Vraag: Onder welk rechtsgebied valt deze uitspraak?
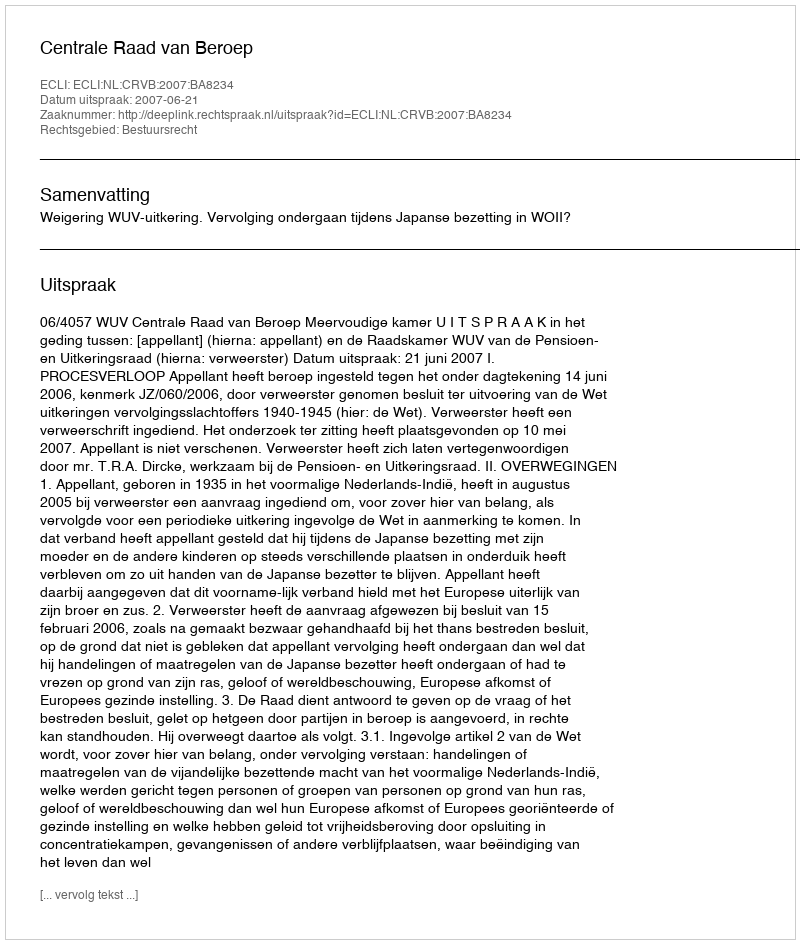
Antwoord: Bestuursrecht